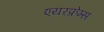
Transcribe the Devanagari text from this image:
एयरफ्रेम्स